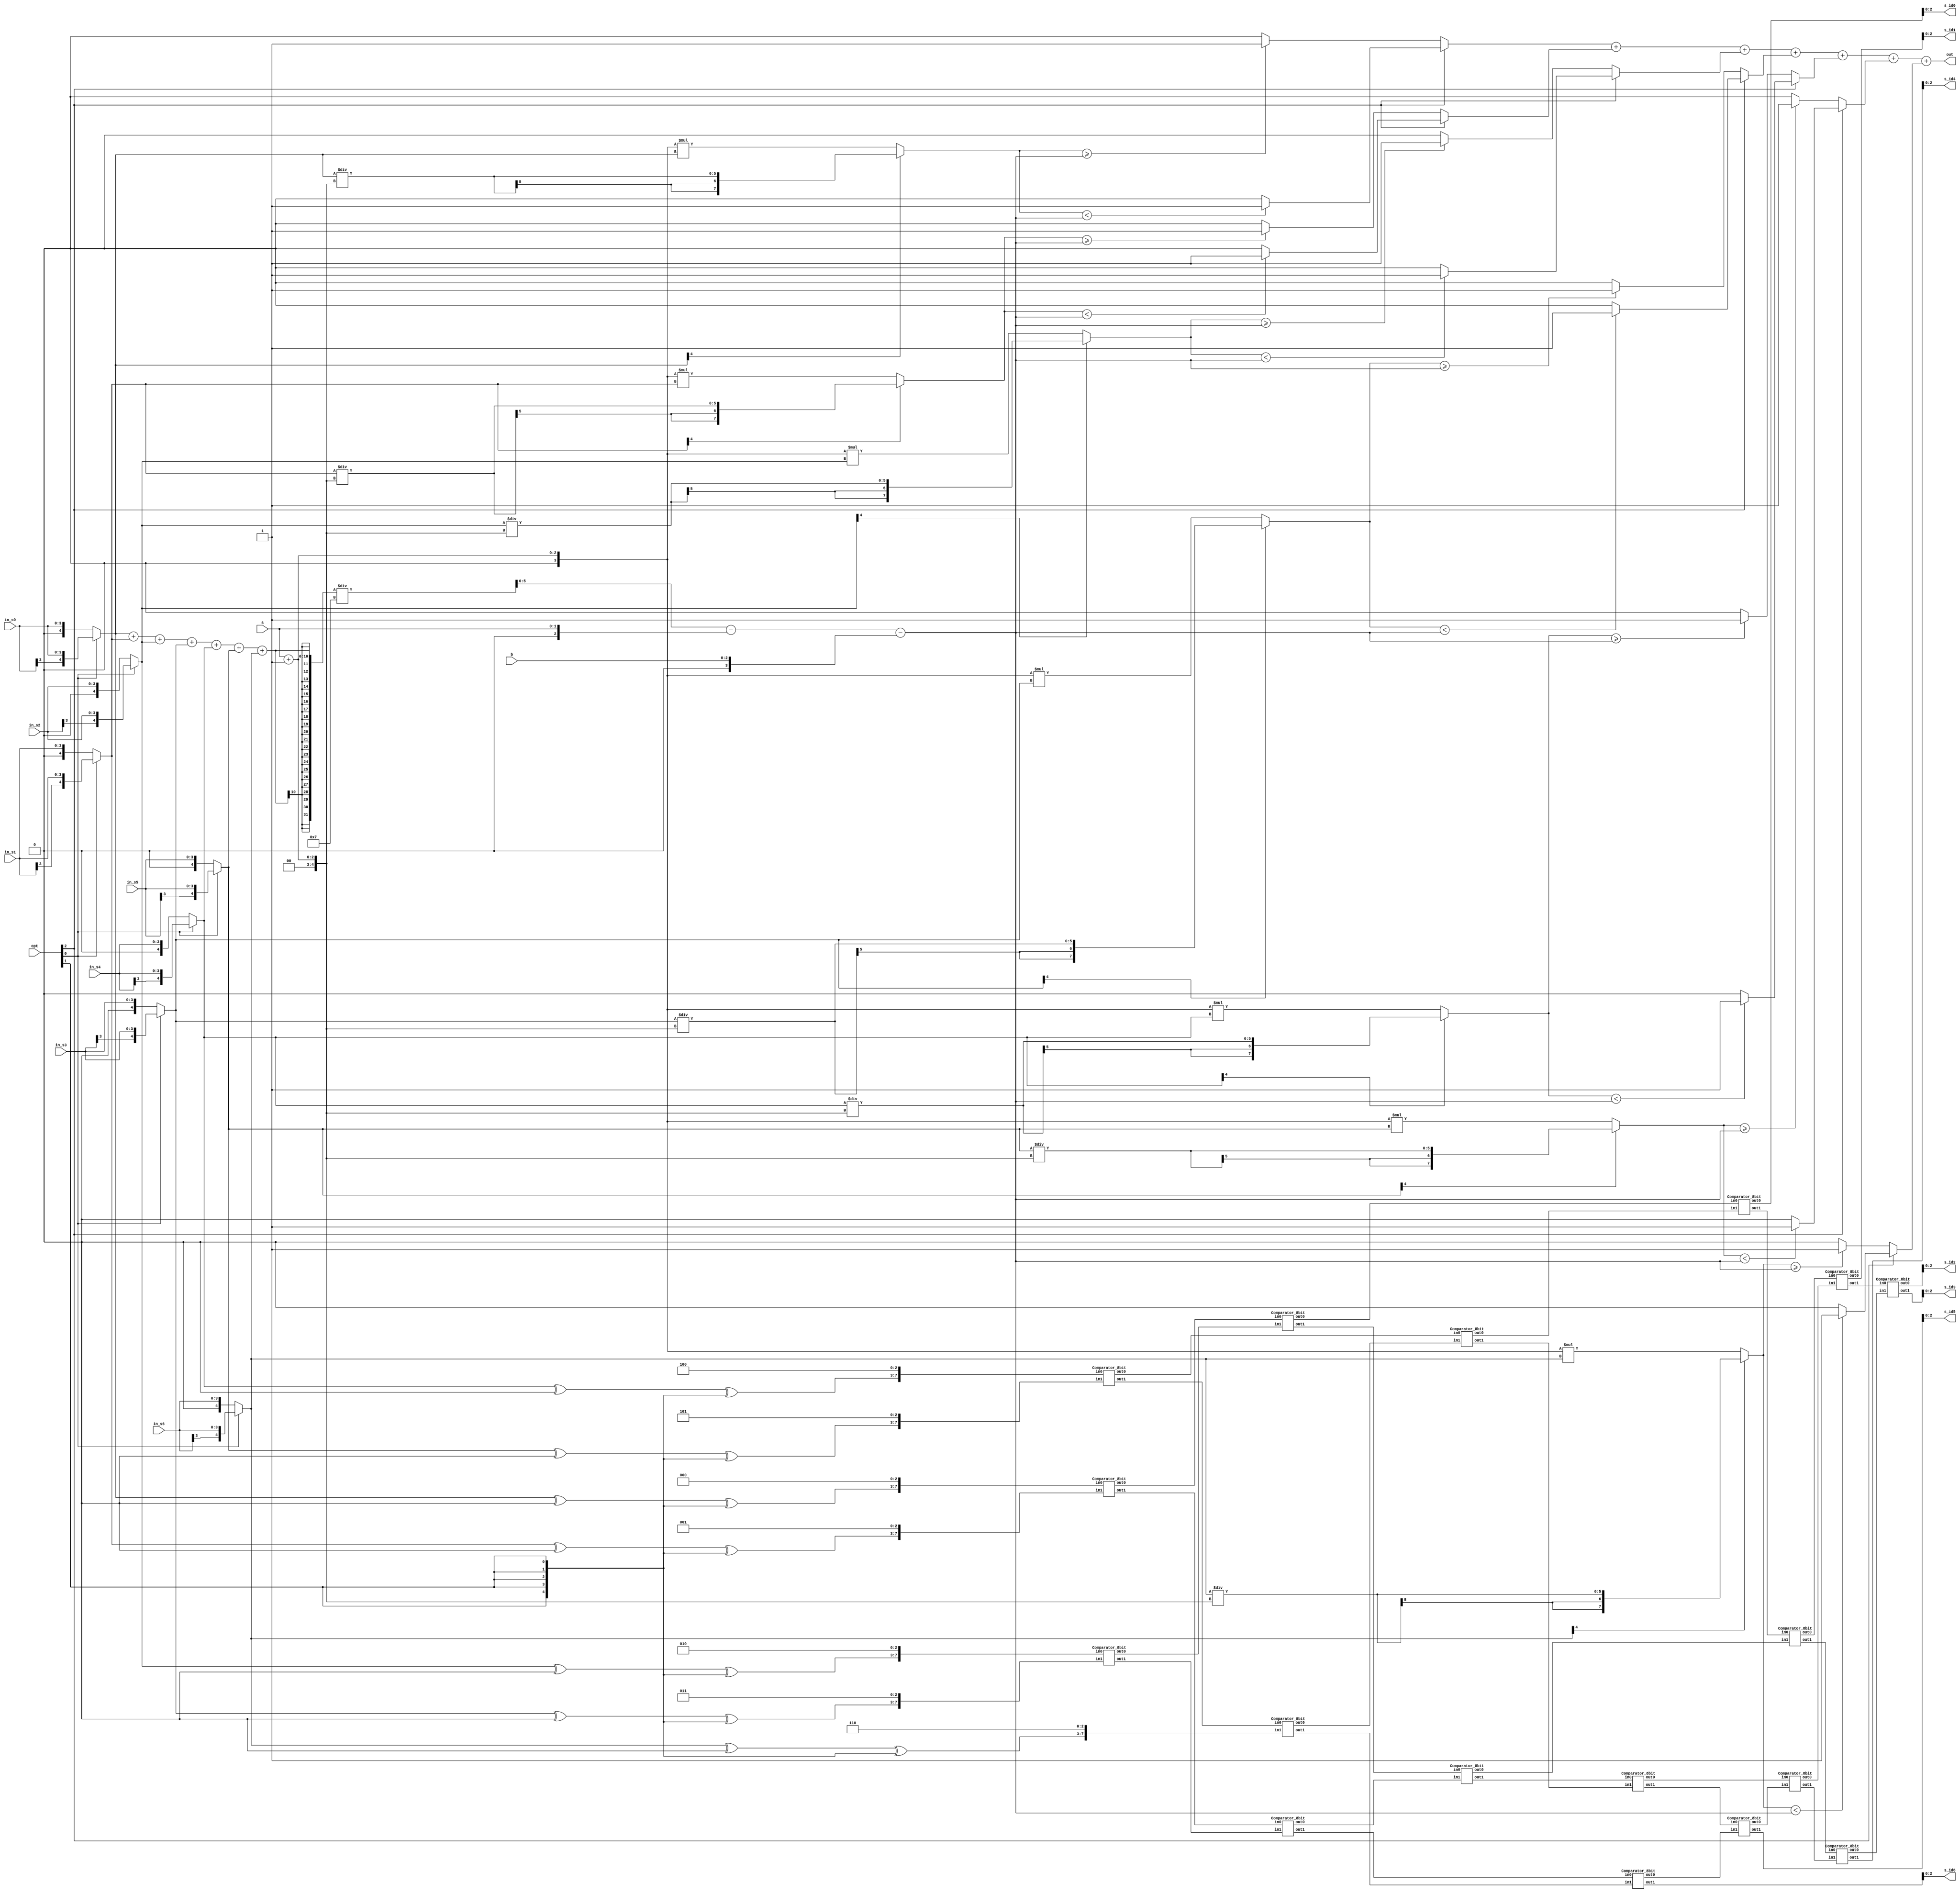
module CC(
  in_s0,
  in_s1,
  in_s2,
  in_s3,
  in_s4,
  in_s5,
  in_s6,
  opt,
  a,
  b,
  s_id0,
  s_id1,
  s_id2,
  s_id3,
  s_id4,
  s_id5,
  s_id6,
  out

);
input [3:0]in_s0;
input [3:0]in_s1;
input [3:0]in_s2;
input [3:0]in_s3;
input [3:0]in_s4;
input [3:0]in_s5;
input [3:0]in_s6;
input [2:0]opt;

input [1:0]a;
input [2:0]b;
output [2:0] s_id0;
output [2:0] s_id1;
output [2:0] s_id2;
output [2:0] s_id3;
output [2:0] s_id4;
output [2:0] s_id5;
output [2:0] s_id6;
output [2:0] out; 


wire signed [4:0] signed_in_s0 ;
wire signed [4:0] signed_in_s1 ;
wire signed [4:0] signed_in_s2 ;
wire signed [4:0] signed_in_s3 ;
wire signed [4:0] signed_in_s4 ;
wire signed [4:0] signed_in_s5 ;
wire signed [4:0] signed_in_s6 ;
wire signed [2:0] signed_a;
wire signed [4:0] signed_b;

// Expand all 4 bits input convert to 5 bits signed number
assign signed_in_s0 = (opt[0]) ? {in_s0[3],in_s0[3:0]}:{1'b0,in_s0[3:0]};
assign signed_in_s1 = (opt[0]) ? {in_s1[3],in_s1[3:0]}:{1'b0,in_s1[3:0]};
assign signed_in_s2 = (opt[0]) ? {in_s2[3],in_s2[3:0]}:{1'b0,in_s2[3:0]};
assign signed_in_s3 = (opt[0]) ? {in_s3[3],in_s3[3:0]}:{1'b0,in_s3[3:0]};
assign signed_in_s4 = (opt[0]) ? {in_s4[3],in_s4[3:0]}:{1'b0,in_s4[3:0]};
assign signed_in_s5 = (opt[0]) ? {in_s5[3],in_s5[3:0]}:{1'b0,in_s5[3:0]};
assign signed_in_s6 = (opt[0]) ? {in_s6[3],in_s6[3:0]}:{1'b0,in_s6[3:0]};
assign signed_a = {1'b0 , a};
assign signed_b = {1'b0 , b};


// Always make sorting  ascending 
// If it want to sort descending (opt[1] equal to 1), transform the input to make it can sort ascending 
wire signed [4:0] transform_in_s0 ;
wire signed [4:0] transform_in_s1 ;
wire signed [4:0] transform_in_s2 ;
wire signed [4:0] transform_in_s3 ;
wire signed [4:0] transform_in_s4 ;
wire signed [4:0] transform_in_s5 ;
wire signed [4:0] transform_in_s6 ;

wire [4:0] bit0;
wire [4:0] optExtend;
assign bit0 = 5'b00000;
assign optExtend = {5{opt[1]}};

assign transform_in_s0 = signed_in_s0 ^ bit0 ^  optExtend;
assign transform_in_s1 = signed_in_s1 ^ bit0 ^  optExtend;
assign transform_in_s2 = signed_in_s2 ^ bit0 ^  optExtend;
assign transform_in_s3 = signed_in_s3 ^ bit0 ^  optExtend;
assign transform_in_s4 = signed_in_s4 ^ bit0 ^  optExtend;
assign transform_in_s5 = signed_in_s5 ^ bit0 ^  optExtend;
assign transform_in_s6 = signed_in_s6 ^ bit0 ^  optExtend;


// Record every input's order
wire [2:0] id_in_s0;
wire [2:0] id_in_s1;
wire [2:0] id_in_s2;
wire [2:0] id_in_s3;
wire [2:0] id_in_s4;
wire [2:0] id_in_s5;
wire [2:0] id_in_s6;

assign id_in_s0 = 0;
assign id_in_s1 = 1;
assign id_in_s2 = 2;
assign id_in_s3 = 3;
assign id_in_s4 = 4;
assign id_in_s5 = 5;
assign id_in_s6 = 6;

// Make the input to 8 bits format (transform_in + id) in order to let every input unique
wire signed [7:0] unique_in0;
wire signed [7:0] unique_in1;
wire signed [7:0] unique_in2;
wire signed [7:0] unique_in3;
wire signed [7:0] unique_in4;
wire signed [7:0] unique_in5;
wire signed [7:0] unique_in6;

assign unique_in0 = {transform_in_s0[4:0] , id_in_s0[2:0]};
assign unique_in1 = {transform_in_s1[4:0] , id_in_s1[2:0]};
assign unique_in2 = {transform_in_s2[4:0] , id_in_s2[2:0]};
assign unique_in3 = {transform_in_s3[4:0] , id_in_s3[2:0]};
assign unique_in4 = {transform_in_s4[4:0] , id_in_s4[2:0]};
assign unique_in5 = {transform_in_s5[4:0] , id_in_s5[2:0]};
assign unique_in6 = {transform_in_s6[4:0] , id_in_s6[2:0]};


// Use this picture to simulate the circuit https://i.imgur.com/ZpFr6xS.jpg 
wire signed [7:0] w1;
wire signed [7:0] w2;
wire signed [7:0] w3;
wire signed [7:0] w4;
wire signed [7:0] w5;
wire signed [7:0] w6;
wire signed [7:0] w7;
wire signed [7:0] w8;
wire signed [7:0] w9;
wire signed [7:0] w10;
wire signed [7:0] w11;
wire signed [7:0] w12;
wire signed [7:0] w13;
wire signed [7:0] w14;
wire signed [7:0] w15;
wire signed [7:0] w16;
wire signed [7:0] w17;
wire signed [7:0] w18;
wire signed [7:0] w19;
wire signed [7:0] w20;
wire signed [7:0] w21;
wire signed [7:0] w22;
wire signed [7:0] w23;
wire signed [7:0] w24;
wire signed [7:0] w25;
wire signed [7:0] w26;
wire signed [7:0] w27;
wire signed [7:0] w28;
wire signed [7:0] w29;
wire signed [7:0] w30;
wire signed [7:0] w31;
wire signed [7:0] w32;
wire signed [7:0] w33;
wire signed [7:0] w34;


Comparator_8bit C1(unique_in0 , unique_in1 ,w1 , w2);
Comparator_8bit C2(unique_in2 , unique_in3 ,w3 , w4);
Comparator_8bit C3(unique_in4 , unique_in5 ,w5 , w6);
Comparator_8bit C4(w1 , w3 ,w7 , w8);
Comparator_8bit C5(w2 , w4 ,w9 , w10);
Comparator_8bit C6(w6 , unique_in6 ,w11 , w12);
Comparator_8bit C7(w8 , w9 ,w13 , w14);
Comparator_8bit C8(w5 , w11 ,w15 , w16);
Comparator_8bit C9(w7 , w15 ,w17 , w18);
Comparator_8bit C10(w14 , w16,w19, w20);
Comparator_8bit C11(w10 , w12 ,w21 , w22);
Comparator_8bit C12(w20 , w21 ,w23 , w24);
Comparator_8bit C13(w18 , w13 ,w25 , w26);
Comparator_8bit C14(w19 , w23 ,w27 , w28);
Comparator_8bit C15(w25 , w27 ,w29 , w30);
Comparator_8bit C16(w26 , w28 ,w31 , w32);
Comparator_8bit C17(w30 , w31 ,w33 , w34);

assign s_id0 = w17[2:0];
assign s_id1 = w29[2:0];
assign s_id2 = w33[2:0];
assign s_id3 = w34[2:0];
assign s_id4 = w32[2:0];
assign s_id5 = w24[2:0];
assign s_id6 = w22[2:0];


wire signed [7:0] average;
wire signed [5:0] modify_pass_score;

wire signed [4:0] signed_a_plus1;

wire signed [5:0] adjustment0 ;
wire signed [5:0] adjustment1 ;
wire signed [5:0] adjustment2 ;
wire signed [5:0] adjustment3 ;
wire signed [5:0] adjustment4 ;
wire signed [5:0] adjustment5 ;
wire signed [5:0] adjustment6 ;

assign average = (signed_in_s0 + signed_in_s1 + signed_in_s2 + signed_in_s3 + signed_in_s4 + signed_in_s5 + signed_in_s6) / 7;

// all linera transformation need to plus b  , so I move b to here to calculate in order to reduce adder 
assign modify_pass_score = average - signed_a - signed_b;

assign signed_a_plus1 = signed_a+1;


wire signed [5:0] negative0 ;
wire signed [5:0] negative1 ;
wire signed [5:0] negative2 ;
wire signed [5:0] negative3 ;
wire signed [5:0] negative4 ;
wire signed [5:0] negative5 ;
wire signed [5:0] negative6 ;

assign negative0 = signed_in_s0 / signed_a_plus1 ;
assign negative1 = signed_in_s1 / signed_a_plus1 ;
assign negative2 = signed_in_s2 / signed_a_plus1 ;
assign negative3 = signed_in_s3 / signed_a_plus1 ;
assign negative4 = signed_in_s4 / signed_a_plus1 ;
assign negative5 = signed_in_s5 / signed_a_plus1 ;
assign negative6 = signed_in_s6 / signed_a_plus1 ;

wire signed [7:0] positive0 ;
wire signed [7:0] positive1 ;
wire signed [7:0] positive2 ;
wire signed [7:0] positive3 ;
wire signed [7:0] positive4 ;
wire signed [7:0] positive5 ;
wire signed [7:0] positive6 ;


assign positive0 = signed_a_plus1 * signed_in_s0 ;
assign positive1 = signed_a_plus1 * signed_in_s1 ;
assign positive2 = signed_a_plus1 * signed_in_s2 ;
assign positive3 = signed_a_plus1 * signed_in_s3 ;
assign positive4 = signed_a_plus1 * signed_in_s4 ;
assign positive5 = signed_a_plus1 * signed_in_s5 ;
assign positive6 = signed_a_plus1 * signed_in_s6 ;

wire signed [7:0] Linear_transform_s0 ;
wire signed [7:0] Linear_transform_s1 ;
wire signed [7:0] Linear_transform_s2 ;
wire signed [7:0] Linear_transform_s3 ;
wire signed [7:0] Linear_transform_s4 ;
wire signed [7:0] Linear_transform_s5 ;
wire signed [7:0] Linear_transform_s6 ;

assign Linear_transform_s0 = signed_in_s0[4] ? negative0: positive0 ;
assign Linear_transform_s1 = signed_in_s1[4] ? negative1: positive1 ;
assign Linear_transform_s2 = signed_in_s2[4] ? negative2: positive2 ;
assign Linear_transform_s3 = signed_in_s3[4] ? negative3: positive3 ;
assign Linear_transform_s4 = signed_in_s4[4] ? negative4: positive4 ;
assign Linear_transform_s5 = signed_in_s5[4] ? negative5: positive5 ;
assign Linear_transform_s6 = signed_in_s6[4] ? negative6: positive6 ;

reg count0;
reg count1;
reg count2;
reg count3;
reg count4;
reg count5;
reg count6;

always @(*) begin
  if(opt[2]==1) begin
    count0 = (Linear_transform_s0 < modify_pass_score) ? 1'b1 : 1'b0;
    count1 = (Linear_transform_s1 < modify_pass_score) ? 1'b1 : 1'b0;
    count2 = (Linear_transform_s2 < modify_pass_score) ? 1'b1 : 1'b0;
    count3 = (Linear_transform_s3 < modify_pass_score) ? 1'b1 : 1'b0;
    count4 = (Linear_transform_s4 < modify_pass_score) ? 1'b1 : 1'b0;
    count5 = (Linear_transform_s5 < modify_pass_score) ? 1'b1 : 1'b0;
    count6 = (Linear_transform_s6 < modify_pass_score) ? 1'b1 : 1'b0;
  end
  else begin
    count0 = (Linear_transform_s0 >= modify_pass_score) ? 1'b1 : 1'b0;
    count1 = (Linear_transform_s1 >= modify_pass_score) ? 1'b1 : 1'b0;
    count2 = (Linear_transform_s2 >= modify_pass_score) ? 1'b1 : 1'b0;
    count3 = (Linear_transform_s3 >= modify_pass_score) ? 1'b1 : 1'b0;
    count4 = (Linear_transform_s4 >= modify_pass_score) ? 1'b1 : 1'b0;
    count5 = (Linear_transform_s5 >= modify_pass_score) ? 1'b1 : 1'b0;
    count6 = (Linear_transform_s6 >= modify_pass_score) ? 1'b1 : 1'b0;
  end
end

assign out = count0 + count1 + count2 + count3 + count4 + count5 + count6;



endmodule

module Comparator_8bit(
  in0,
  in1,
  out0,
  out1
);
input signed [7:0]in0;
input signed [7:0]in1;
output wire signed [7:0]out0;
output wire signed [7:0]out1;
assign out0 = (in0 < in1) ? in0 : in1;
assign out1 = (in0 < in1) ? in1 : in0;

endmodule